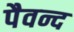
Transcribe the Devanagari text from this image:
पैवन्द